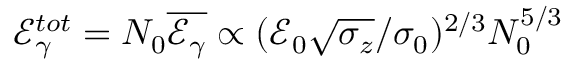
\mathcal { E } _ { \gamma } ^ { t o t } = N _ { 0 } \overline { { \mathcal { E } _ { \gamma } } } \propto ( \mathcal { E } _ { 0 } \sqrt { \sigma _ { z } } / \sigma _ { 0 } ) ^ { 2 / 3 } N _ { 0 } ^ { 5 / 3 }